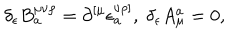
\delta _ { \epsilon } B _ { a } ^ { \mu \nu \rho } = \partial _ { } ^ { \left[ \mu \right. } \epsilon _ { a } ^ { \left. \nu \rho \right] } , \; \delta _ { \epsilon } A _ { \mu } ^ { a } = 0 ,